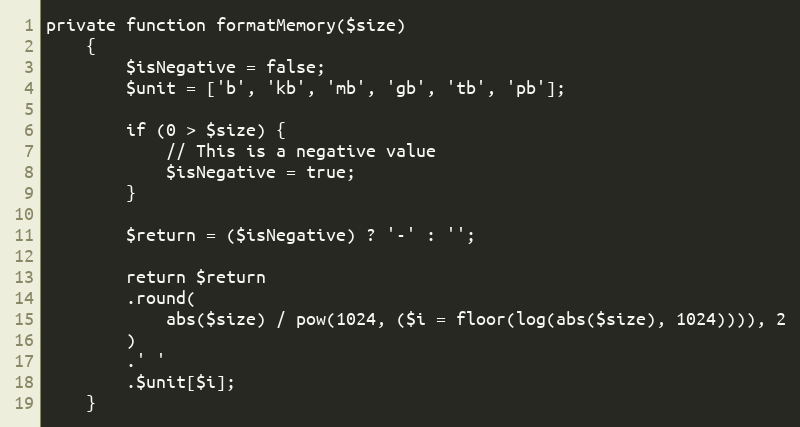
Language: PHP
private function formatMemory($size)
    {
        $isNegative = false;
        $unit = ['b', 'kb', 'mb', 'gb', 'tb', 'pb'];

        if (0 > $size) {
            // This is a negative value
            $isNegative = true;
        }

        $return = ($isNegative) ? '-' : '';

        return $return
        .round(
            abs($size) / pow(1024, ($i = floor(log(abs($size), 1024)))), 2
        )
        .' '
        .$unit[$i];
    }